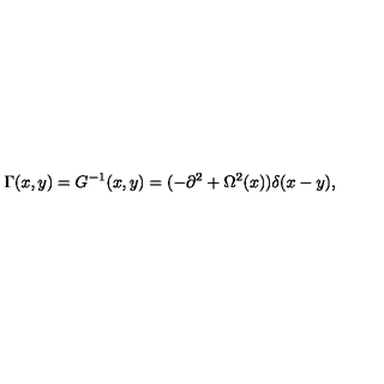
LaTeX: \Gamma ( x , y ) = G ^ { - 1 } ( x , y ) = ( - \partial ^ { 2 } + \Omega ^ { 2 } ( x ) ) \delta ( x - y ) ,